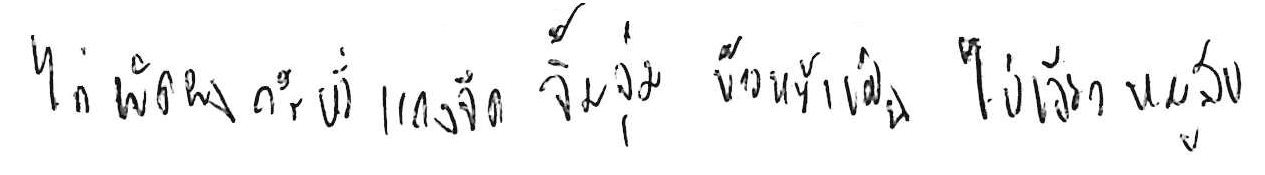
ไก่ผัดผงกะหรี่ แกงจืด จิ้มจุ่ม ข้าวหน้าเป็ด ไข่เจียวหมูสับ